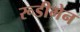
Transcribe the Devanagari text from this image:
रूडीमेन